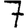
Digit: 7